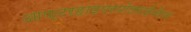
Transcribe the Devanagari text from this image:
आफ्टरहाइपरपोलराईजेशन